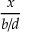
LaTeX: \frac { x } { b / d }